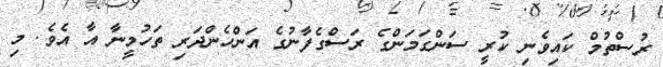
ރުސްތުމް ކައިވެނި ކުރީ ސަންގަމަންގެ ރަސްގެފާނުގެ އަންހެންދަރި ތަހުމީނާ އާ އެވެ. މި